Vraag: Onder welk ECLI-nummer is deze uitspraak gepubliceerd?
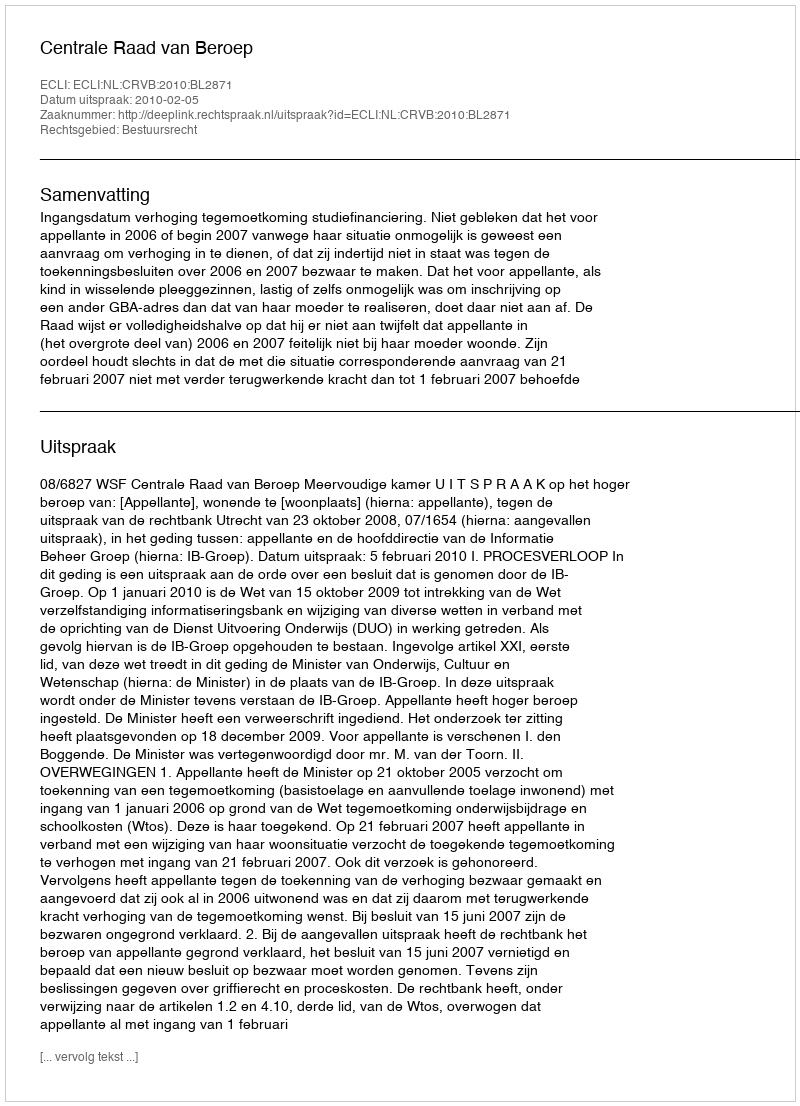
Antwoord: ECLI:NL:CRVB:2010:BL2871